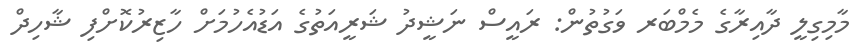
މާމިގިލީ ދާއިރާގެ މެމްބަރ ވަގުތުން: ރައީސް ނަޝީދު ޝަރީއަތުގެ އަޑުއެހުމަށް ހާޒިރުކޮށްފި ޝާހިދް